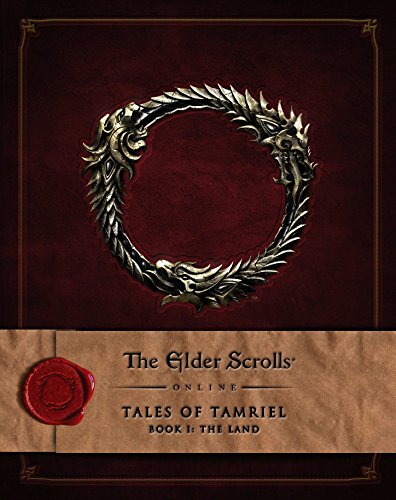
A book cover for The Elder Scrolls Online: Tales of Tamriel - Vol. I: The Land; Bethesda Softworks; Science Fiction & Fantasy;